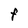
Character: f